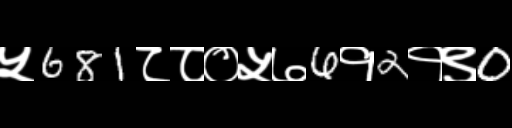
Text: ५681८८०५७6१2१९0